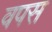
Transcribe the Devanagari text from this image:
वपस